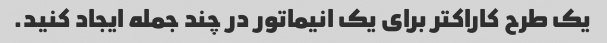
یک طرح کاراکتر برای یک انیماتور در چند جمله ایجاد کنید.